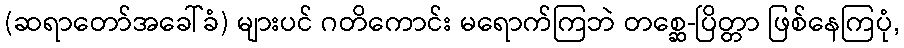
(ဆရာတော်အခေါ်ခံ) များပင် ဂတိကောင်း မရောက်ကြဘဲ တစ္ဆေ-ပြိတ္တာ ဖြစ်နေကြပုံ,